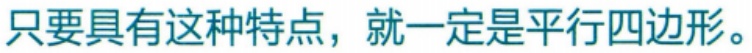
只要具有这种特点，就一定是平行四边形。